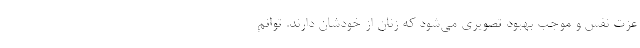
عزت نفس و موجب بهبود تصویری می‌شود که زنان از خودشان دارند. توانم